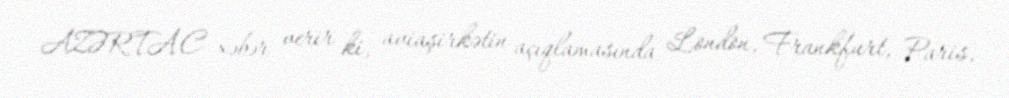
AZƏRTAC xəbər verir ki, aviaşirkətin açıqlamasında London, Frankfurt, Paris,